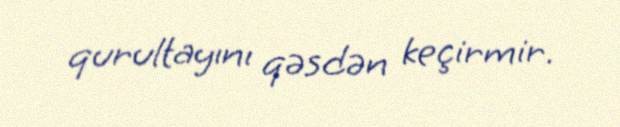
qurultayını qəsdən keçirmir.